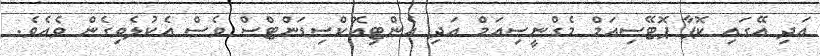
އަދި އޭގައި ކޮޕާ ޕޮޓޭސިއަމް މެގްނީސިއަމް އަދި އެންޓިއޮކްސިޑަންޓްސް ވެސް އެކުލެވިގެން ވެއެވެ.